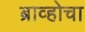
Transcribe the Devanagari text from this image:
ब्राव्होचा